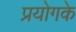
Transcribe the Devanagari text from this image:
प्रयोगके